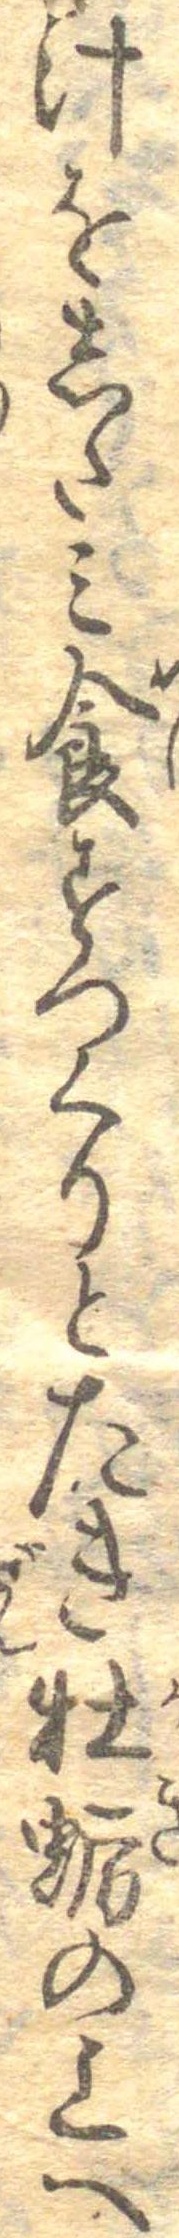
汁をしたみ食すつくりとたき牡蛎の上へ